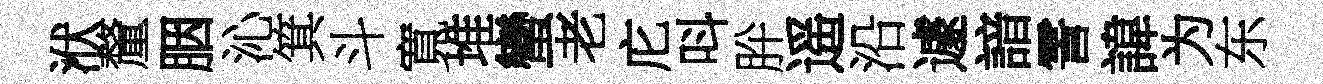
洑釐胭沁箕斗寬堆蠻老庀呌肸遥沿遽諳霅諱为东